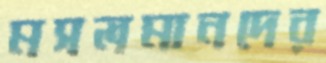
মসলমানদের